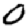
Digit: 0